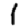
Digit: 1